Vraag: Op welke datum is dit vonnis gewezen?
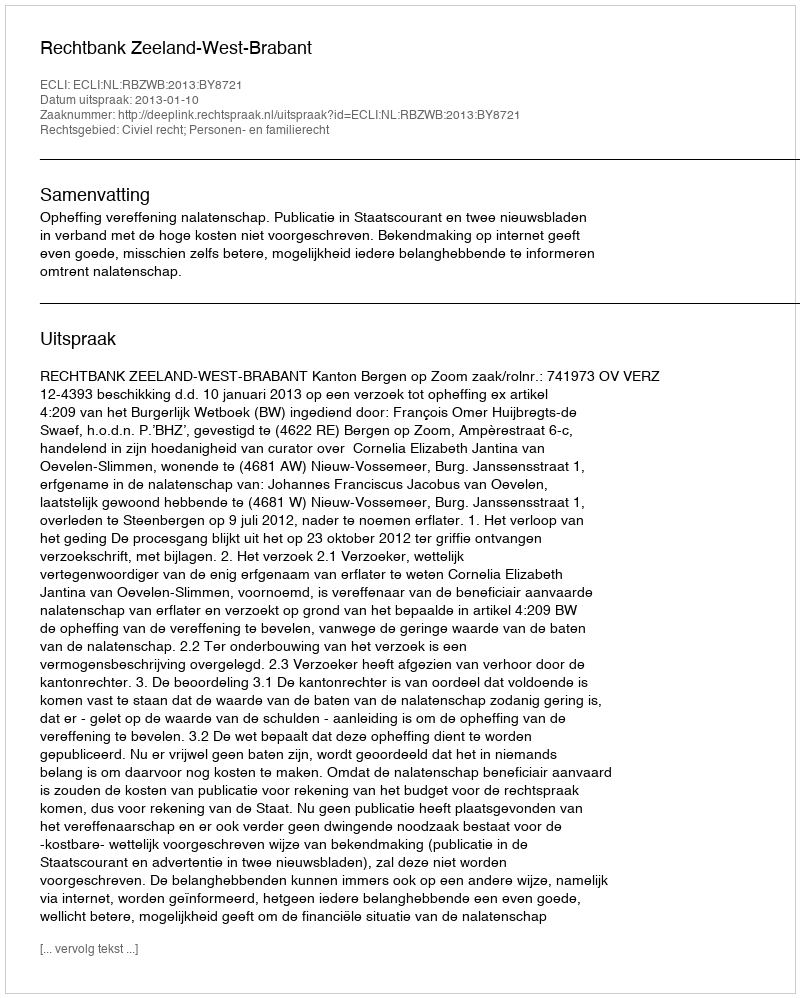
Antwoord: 2013-01-10